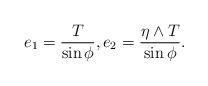
LaTeX: \begin{align*}e_1=\frac{T}{\sin\phi}, e_2=\frac{\eta\wedge T}{\sin\phi}.\end{align*}